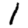
Digit: 1